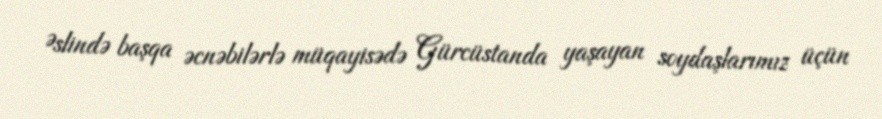
Əslində başqa əcnəbilərlə müqayisədə Gürcüstanda yaşayan soydaşlarımız üçün